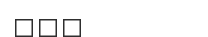
١٧٤